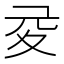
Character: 𡕡